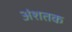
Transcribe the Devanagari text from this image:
अंशतक